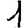
Digit: 1